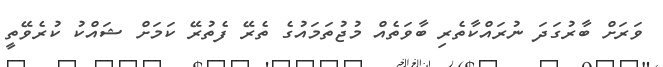
ވަރަށް ބާރުގަދަ ނުރައްކާތެރި ބާވަތެއް މުޖުތަމައުގެ ތެރޭ ފެތުރޭ ކަމަށް ޝައްކު ކުރެވޭތީ